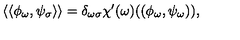
\langle \langle \phi _ { \omega } , \psi _ { \sigma } \rangle \rangle = \delta _ { \omega \sigma } \chi ^ { \prime } ( \omega ) ( ( \phi _ { \omega } , \psi _ { \omega } ) ) ,